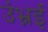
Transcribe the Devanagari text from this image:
उंभ्रई